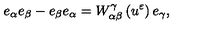
e _ { \alpha } e _ { \beta } - e _ { \beta } e _ { \alpha } = W _ { \alpha \beta } ^ { \gamma } \left( u ^ { \varepsilon } \right) e _ { \gamma } ,